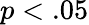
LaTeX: p<.05